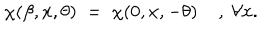
LaTeX: \chi ( \beta , x , \theta ) \; = \; \chi ( 0 , x , - \theta ) \; , \; \forall x .